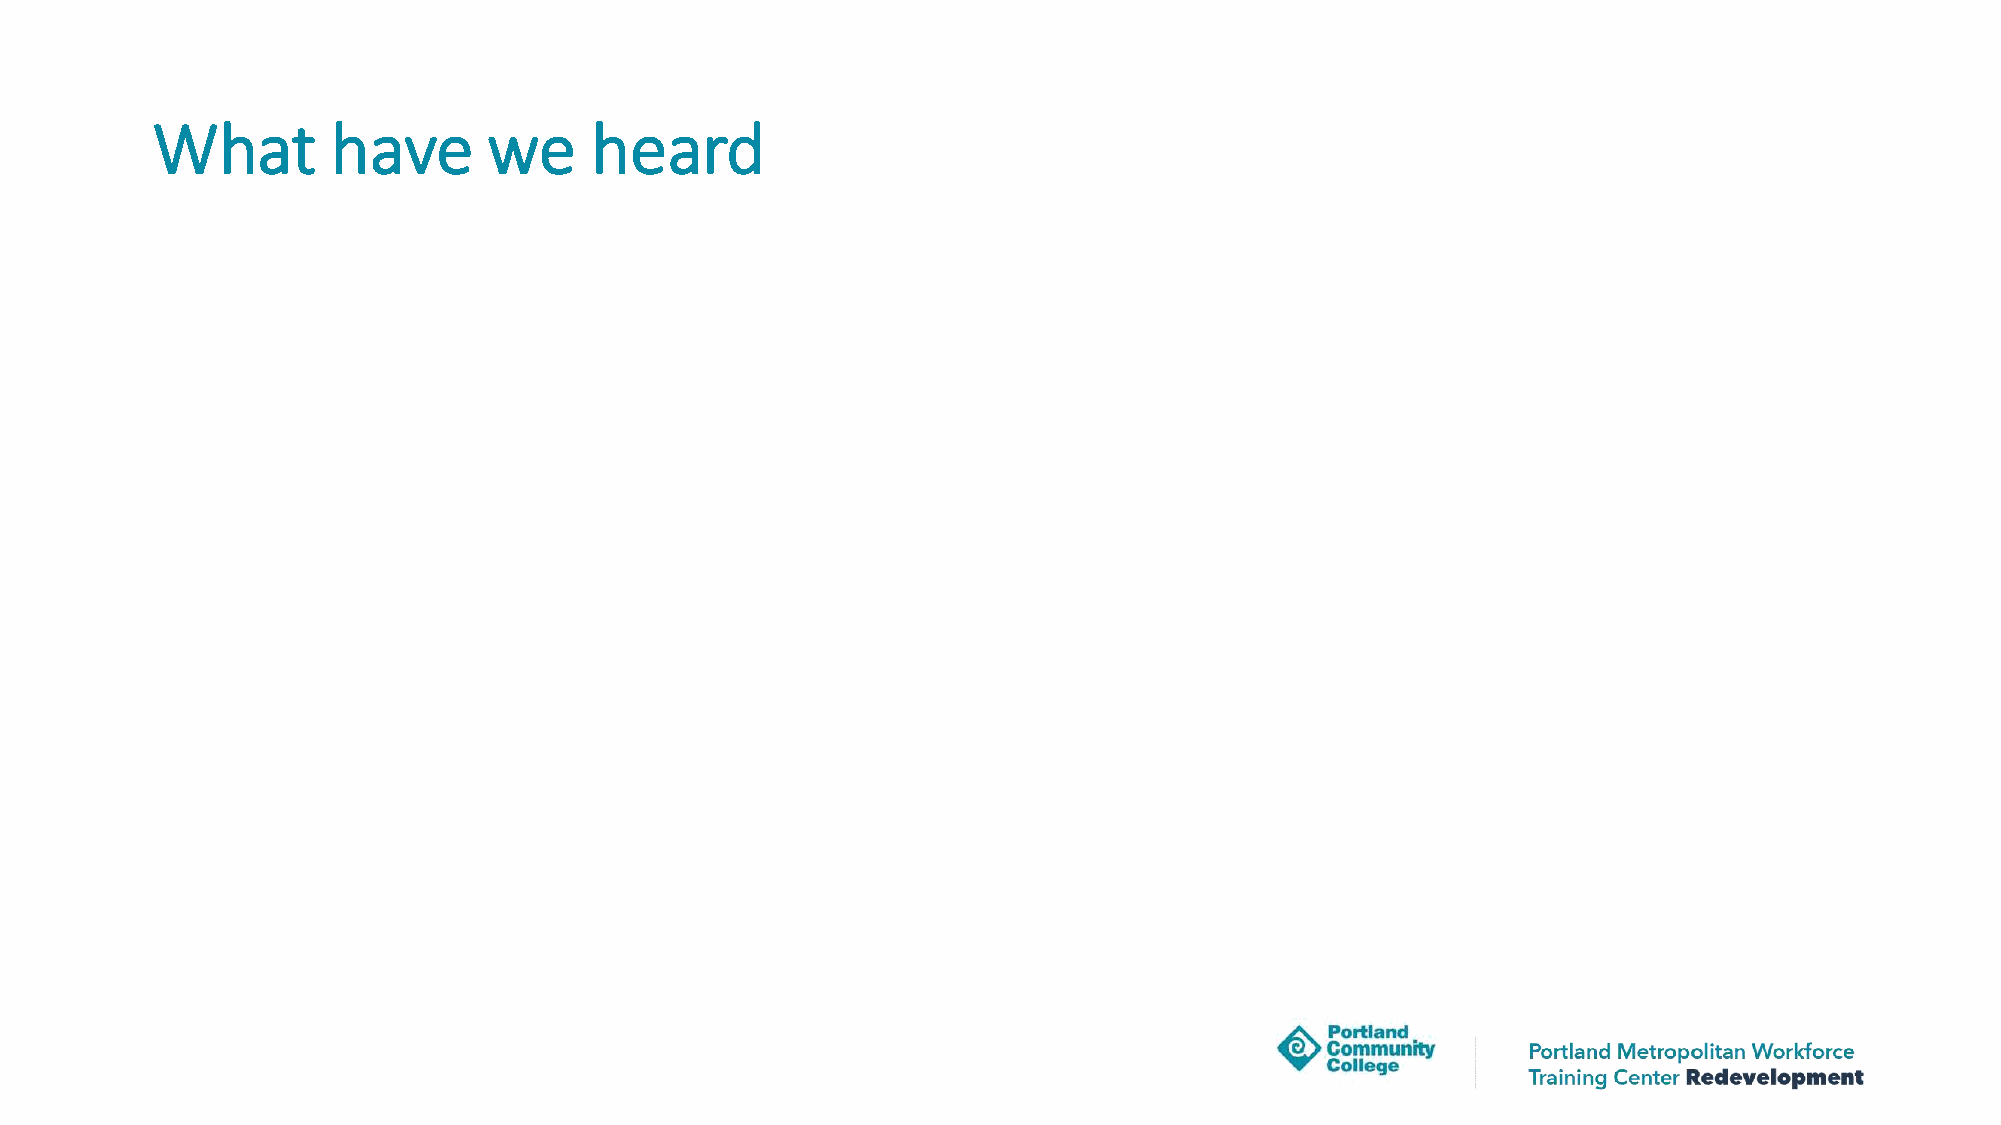
What        have      we     heard